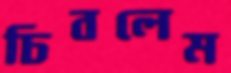
চিবলেম